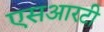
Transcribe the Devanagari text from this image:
एसआरटी